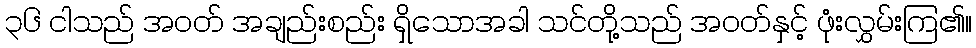
၃၆ ငါသည် အဝတ် အချည်းစည်း ရှိသောအခါ သင်တို့သည် အဝတ်နှင့် ဖုံးလွှမ်းကြ၏။